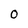
Character: 0